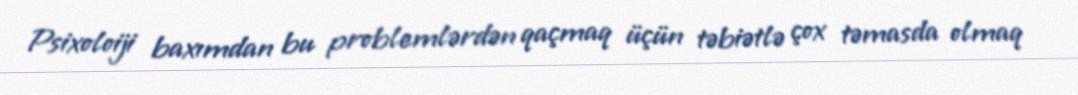
Psixoloiji baxımdan bu problemlərdən qaçmaq üçün təbiətlə çox təmasda olmaq